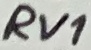
Text: RV1